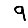
Digit: 9